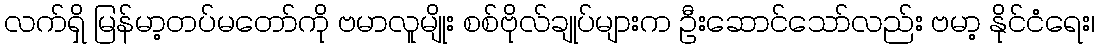
လက်ရှိ မြန်မာ့တပ်မတော်ကို ဗမာလူမျိုး စစ်ဗိုလ်ချုပ်များက ဦးဆောင်သော်လည်း ဗမာ့ နိုင်ငံရေး၊